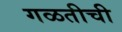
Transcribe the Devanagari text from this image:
गळतीची